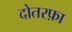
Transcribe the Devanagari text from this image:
दोतरफ़ा